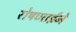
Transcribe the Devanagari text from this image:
रोषणाईने